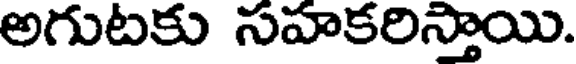
అగుటకు సహకరిస్తాయి.